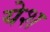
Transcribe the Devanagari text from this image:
येश